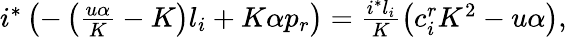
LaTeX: \begin{array}{r}{i^{*}\left(-\left(\frac{u\alpha}{K}-K\right)l_{i}+K\alpha p_{r}\right)=\frac{i^{*}l_{i}}{K}\left(c_{i}^{r}K^{2}-{u\alpha}\right),}\end{array}